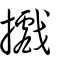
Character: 𢹍